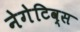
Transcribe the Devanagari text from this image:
नेगेटिव्स